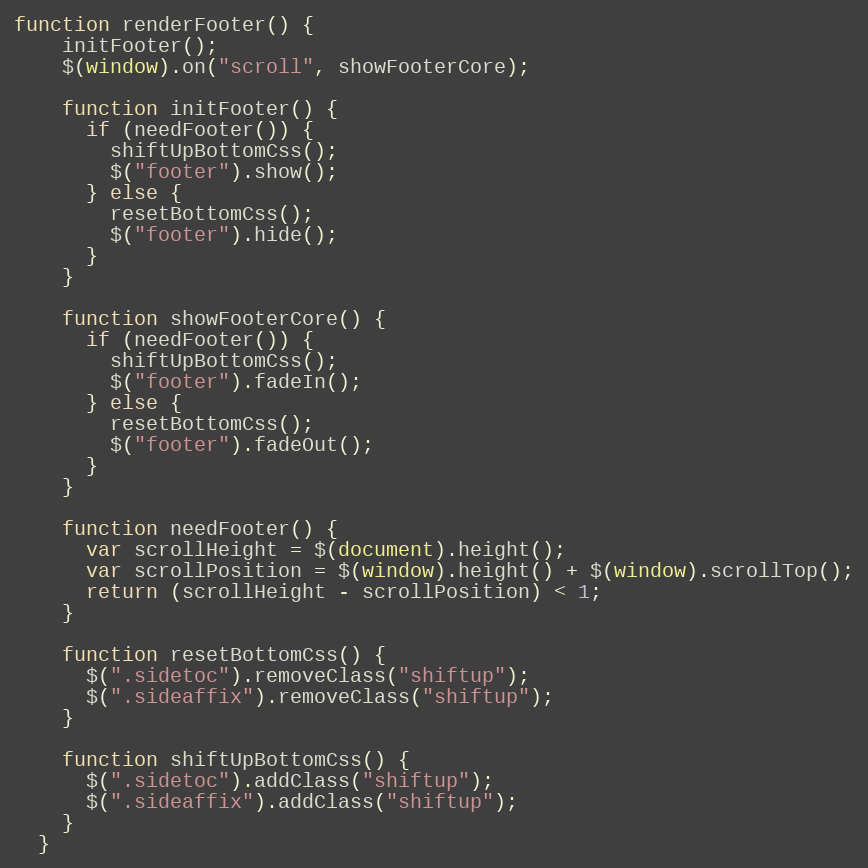
Language: JavaScript
function renderFooter() {
    initFooter();
    $(window).on("scroll", showFooterCore);

    function initFooter() {
      if (needFooter()) {
        shiftUpBottomCss();
        $("footer").show();
      } else {
        resetBottomCss();
        $("footer").hide();
      }
    }

    function showFooterCore() {
      if (needFooter()) {
        shiftUpBottomCss();
        $("footer").fadeIn();
      } else {
        resetBottomCss();
        $("footer").fadeOut();
      }
    }

    function needFooter() {
      var scrollHeight = $(document).height();
      var scrollPosition = $(window).height() + $(window).scrollTop();
      return (scrollHeight - scrollPosition) < 1;
    }

    function resetBottomCss() {
      $(".sidetoc").removeClass("shiftup");
      $(".sideaffix").removeClass("shiftup");
    }

    function shiftUpBottomCss() {
      $(".sidetoc").addClass("shiftup");
      $(".sideaffix").addClass("shiftup");
    }
  }